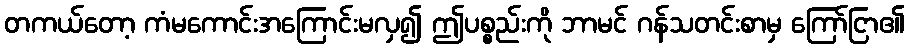
တကယ်တော့ ကံမကောင်းအကြောင်းမလှ၍ ဤပစ္စည်းကို ဘာမင် ဂန်သတင်းစာမှ ကြော်ငြာ၏